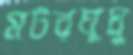
মটরঘুঘু